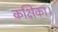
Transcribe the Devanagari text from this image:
कक्षिका।